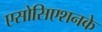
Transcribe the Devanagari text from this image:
एसोसिएशनके